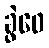
ခွဲဝေ